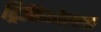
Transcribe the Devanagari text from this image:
ट्रिकिनेल्ला